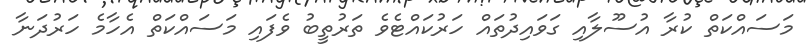
މަސައްކަތް ކުރާ އުސޫލާއި ގަވައިދުތައް ހަރުކައްޓެވެ ތަރުތީބު ވެފައި މަސައްކަތް އެހާމެ ހަރުދަނާ